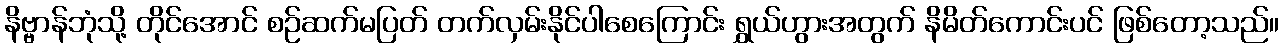
နိဗ္ဗာန်ဘုံသို့ တိုင်အောင် စဉ်ဆက်မပြတ် တက်လှမ်းနိုင်ပါစေကြောင်း ရွှယ်ဟွားအတွက် နိမိတ်ကောင်းပင် ဖြစ်တော့သည်။